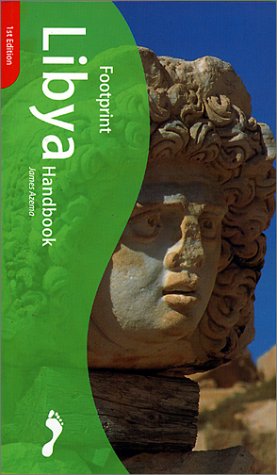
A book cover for Footprint Libya Handbook; James Azema; Travel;